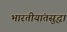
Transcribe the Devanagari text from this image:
भारतीयांतसुद्धा